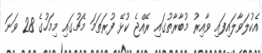
އެކުލަވާލައިފައި ވާއިރު މުބާރާތުގައި ރޭއްޖެ ކުޅޭ ފުރަތަމަ މެޗުގައި މިމަހުގެ 28 ވަނަ